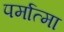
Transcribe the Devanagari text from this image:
पर्मात्मा